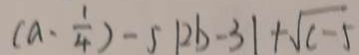
( a \cdot \frac { 1 } { 4 } ) - 5 \vert 2 b - 3 \vert + \sqrt { c - 5 }